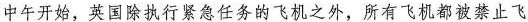
中午开始，英国除执行紧急任务的飞机之外，所有飞机都被禁止飞